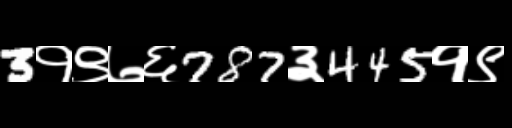
Text: 3१९७६787३445१९